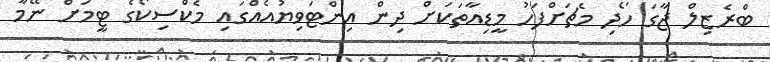
ބްރެޒިލް ޖާގަ ހޯދި މެޗަށްފަހު މީޑިއާތަކަށް ދިން އިންޓަވިޔުއެއްގައި މެކްސިކޯގެ ޓީމަށް ނޭމާ